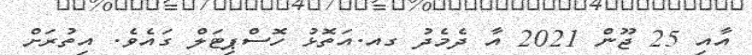
އާއި 25 ޖޫން 2021 އާ ދެމެދު ގއ.އަތޮޅު ހޮސްޕިޓަލް ގައެވެ. އިތުރަށް